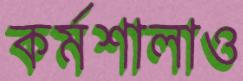
কর্মশালাও